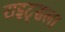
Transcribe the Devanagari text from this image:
राइट्सला